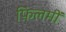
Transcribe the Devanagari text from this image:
फ़िलमीं